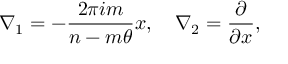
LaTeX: \nabla _ { 1 } = - \frac { 2 \pi i m } { n - m \theta } x , \quad \nabla _ { 2 } = \frac { \partial } { \partial x } ,